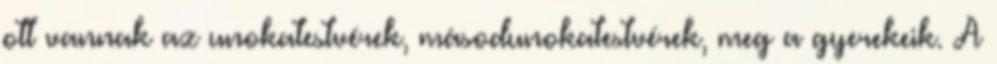
ott vannak az unokatestvérek, másodunokatestvérek, meg a gyerekeik. A